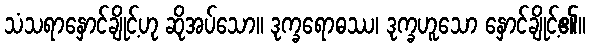
သံသရာနှောင်ချိုင့်ဟု ဆိုအပ်သော။ ဒုက္ခရောဓဿ၊ ဒုက္ခဟူသော နှောင်ချိုင့်၏။